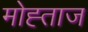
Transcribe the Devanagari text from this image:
मोह्ताज